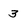
Character: 3